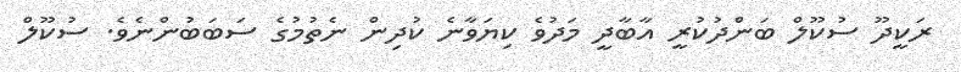
ރަކީދޫ ސުކޫލް ބަންދުކުރީ އާބާދީ މަދުވެ ކިޔަވާނެ ކުދިން ނެތުމުގެ ސަބަބުންނެވެ. ސުކޫލް